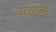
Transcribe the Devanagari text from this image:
उम्खोंटो